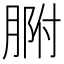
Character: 𦝗